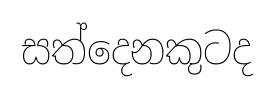
සත්දෙනකුටද